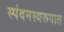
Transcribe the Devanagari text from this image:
स्पंदनस्वरूपात